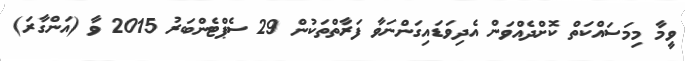
ވީމާ މިމަސައްކަތް ކޮށްދެއްވަން އެދިވަޑައިގަންނަވާ ފަރާތްތަކުން 29 ސެޕްޓެންބަރު 2015 ވާ (އަންގާރަ)